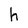
Character: h